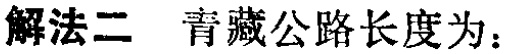
解法二 青藏公路长度为：